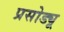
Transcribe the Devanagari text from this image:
प्रसोड्यू